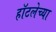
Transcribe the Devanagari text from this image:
हॉटलेच्या